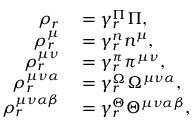
\begin{array} { r l } { \rho _ { r } } & { { } = \gamma _ { r } ^ { \Pi } \Pi , } \\ { \rho _ { r } ^ { \mu } } & { { } = \gamma _ { r } ^ { n } n ^ { \mu } , } \\ { \rho _ { r } ^ { \mu \nu } } & { { } = \gamma _ { r } ^ { \pi } \pi ^ { \mu \nu } , } \\ { \rho _ { r } ^ { \mu \nu \alpha } } & { { } = \gamma _ { r } ^ { \Omega } \Omega ^ { \mu \nu \alpha } , } \\ { \rho _ { r } ^ { \mu \nu \alpha \beta } } & { { } = \gamma _ { r } ^ { \Theta } \Theta ^ { \mu \nu \alpha \beta } , } \end{array}